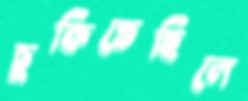
চুকিতেছিলে